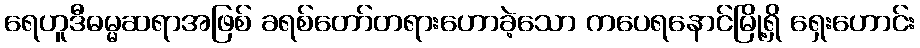
ရေဟူဒီဓမ္မဆရာအဖြစ် ခရစ်တော်တရားဟောခဲ့သော ကပေရနောင်မြို့ရှိ ရှေးဟောင်း